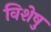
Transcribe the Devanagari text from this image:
विशेषु